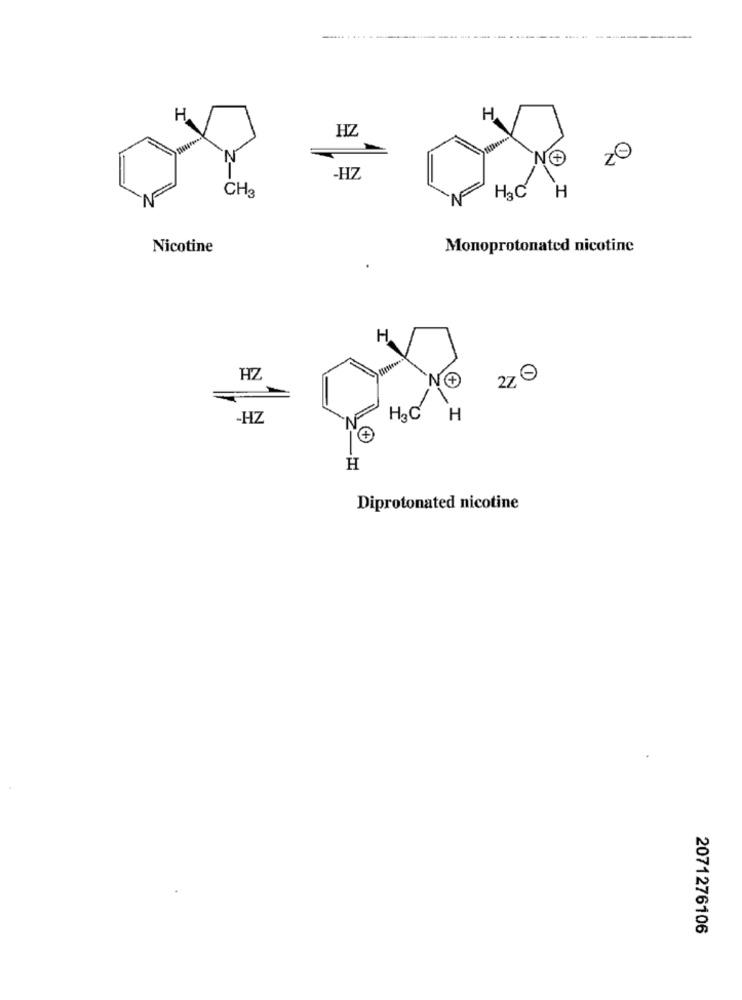
H
H
HZ
-HZ
CH3
H3C
H
Nicotine
Monoprotonated nicotine
H
HZ
27
H2C
-HZ
H
+
H
Diprotonated nicotine
2071276106